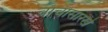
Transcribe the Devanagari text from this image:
चोचीसारखे